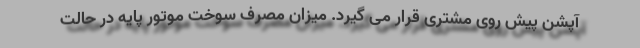
آپشن پیش روی مشتری قرار می گیرد. میزان مصرف سوخت موتور پایه در حالت